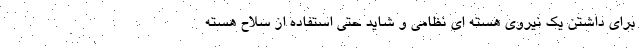
برای داشتن یک نیروی هسته ای نظامی و شاید حتی استفاده از سلاح هسته